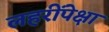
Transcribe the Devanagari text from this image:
लहरींपेक्षा